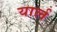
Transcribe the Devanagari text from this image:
यार्ल